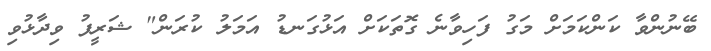
ބޭނުންވާ ކަންކަމަށް މަގު ފަހިވާނެ ގޮތަކަށް އަޅުގަނޑު އަމަލު ކުރަން" ޝަރީފު ވިދާޅުވި